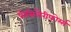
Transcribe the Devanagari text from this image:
प्रोसिलैरीफोर्म्स